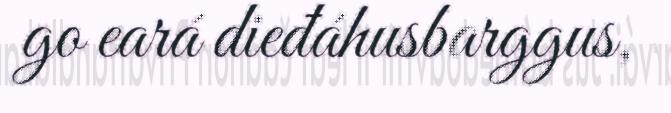
go eará dieđáhusbarggus,